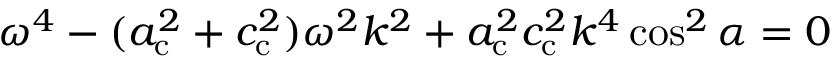
\omega ^ { 4 } - ( a _ { \mathrm { c } } ^ { 2 } + c _ { \mathrm { c } } ^ { 2 } ) \omega ^ { 2 } k ^ { 2 } + a _ { \mathrm { c } } ^ { 2 } c _ { \mathrm { c } } ^ { 2 } k ^ { 4 } \cos ^ { 2 } \alpha = 0